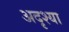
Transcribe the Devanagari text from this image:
अदृश्या